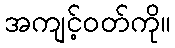
အကျင့်ဝတ်ကို။